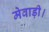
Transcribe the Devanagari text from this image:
मेवाड़ी।